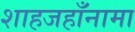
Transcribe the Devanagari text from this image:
शाहजहाँनामा